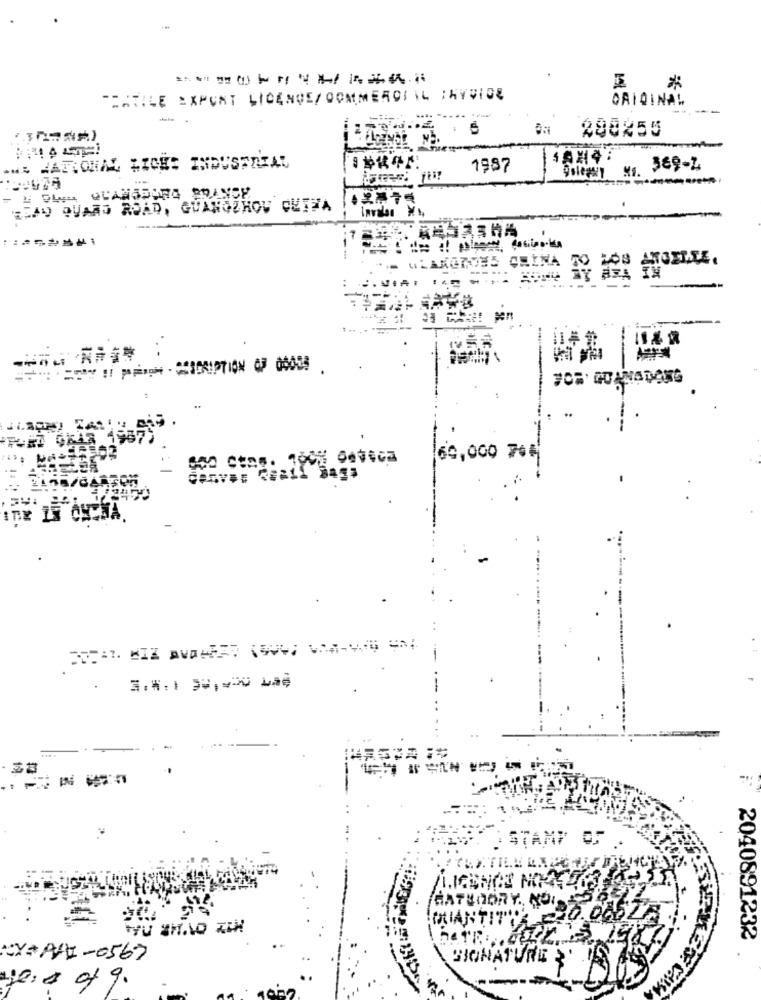
THATILE EXPORT LICENCE/ COMMERCIAL SAYVIOR
ORIGINAL
--
280255
.HE NATIONAL LICHE INDUSTRIAL
日記传牛ド:
1987
.2.75
BEAU QUARD ROAD, GUANGZHOU CUIHA
WLAKORAYES CRINA
"1987)
Co Stos. 1008 000663
64,000 70€
STAND OF
HATHOORY ., NOISE
MAIANTIT
.00527
2040891232
CY+ PHI-0567
BIONATURE '
yes of 9.